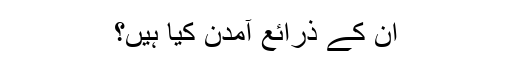
ان کے ذرائع آمدن کیا ہیں؟